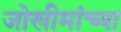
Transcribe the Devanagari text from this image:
जोखीमांच्या